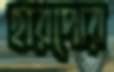
হারপোর